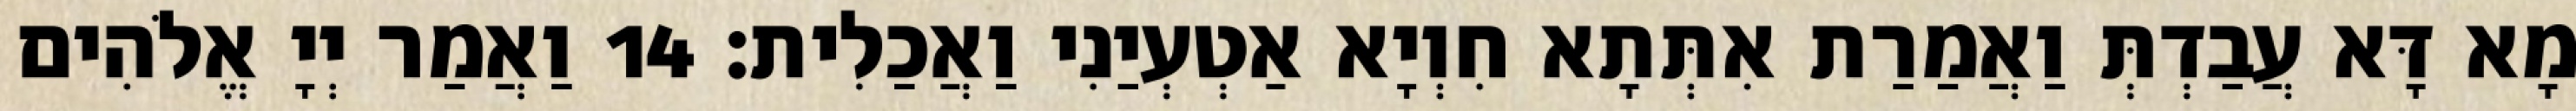
מָא דָּא עֲבַדְתְּ וַאֲמַרַת אִתְּתָא חִוְיָא אַטְעְיַנִי וַאֲכַלִית׃ 14 וַאֲמַר יְיָ אֱלֹהִים